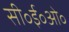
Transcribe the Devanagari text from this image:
सी॰ई॰ओ॰